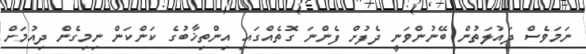
ނަމަވެސް ދައުލަތުން ބޭނުންވަނީ ދެފުށް ފެންނަ ގޮތެއްގައި އިންތިޚާބުގެ ކަންކަން ނިމިގެން ދިއުމަށް